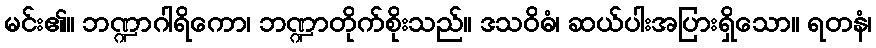
မင်း၏။ ဘဏ္ဍာဂါရိကော၊ ဘဏ္ဍာတိုက်စိုးသည်။ ဒသဝိဓံ၊ ဆယ်ပါးအပြားရှိသော။ ရတနံ၊